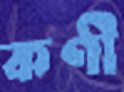
কণী